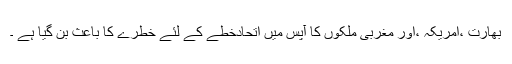
بھارت ،امریکہ ،اور مغربی ملکوں کا آپس میں اتحادخطے کے لئے خطرے کا باعث بن گیا ہے ۔